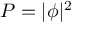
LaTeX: P = | \phi | ^ { 2 }